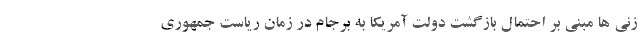
زنی ها مبنی بر احتمال بازگشت دولت آمریکا به برجام در زمان ریاست جمهوری